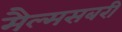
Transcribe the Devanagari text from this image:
मैल्मसबरी